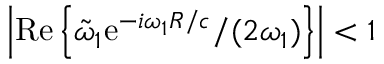
\left| \mathrm { R e } \left\{ \tilde { \omega } _ { 1 } \mathrm { e } ^ { - i \omega _ { 1 } R / c } / ( 2 \omega _ { 1 } ) \right\} \right| < 1